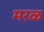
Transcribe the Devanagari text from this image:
मरळ